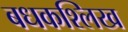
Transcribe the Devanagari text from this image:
बधकश्लिख